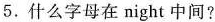
5.什么字母在night中间?